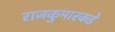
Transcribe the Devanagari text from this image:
राजकुमारकडे